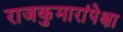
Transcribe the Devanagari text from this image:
राजकुमारांपेक्षा